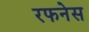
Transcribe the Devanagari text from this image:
रफनेस